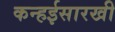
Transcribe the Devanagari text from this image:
कन्हईसारखी